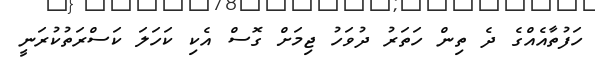
ހަފުތާއެއްގެ ދެ ތިން ހަތަރު ދުވަހު ޖިމަށް ގޮސް އެކި ކަހަލަ ކަސްރަތުކުރަނީ